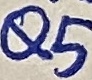
Text: Q5